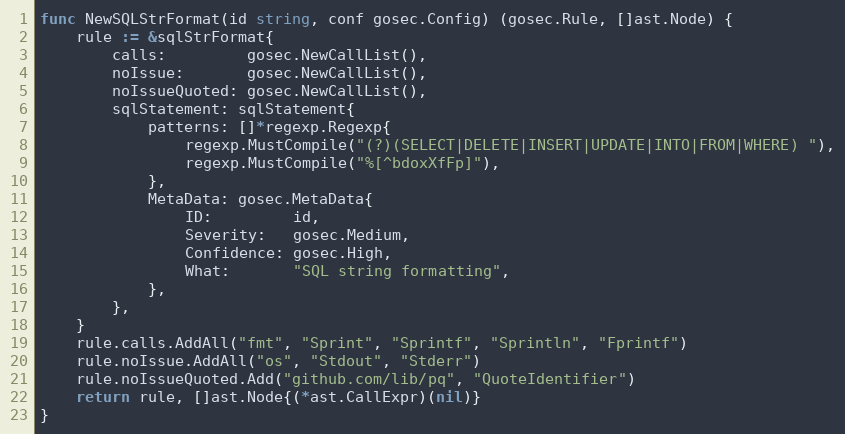
Language: Go
func NewSQLStrFormat(id string, conf gosec.Config) (gosec.Rule, []ast.Node) {
	rule := &sqlStrFormat{
		calls:         gosec.NewCallList(),
		noIssue:       gosec.NewCallList(),
		noIssueQuoted: gosec.NewCallList(),
		sqlStatement: sqlStatement{
			patterns: []*regexp.Regexp{
				regexp.MustCompile("(?)(SELECT|DELETE|INSERT|UPDATE|INTO|FROM|WHERE) "),
				regexp.MustCompile("%[^bdoxXfFp]"),
			},
			MetaData: gosec.MetaData{
				ID:         id,
				Severity:   gosec.Medium,
				Confidence: gosec.High,
				What:       "SQL string formatting",
			},
		},
	}
	rule.calls.AddAll("fmt", "Sprint", "Sprintf", "Sprintln", "Fprintf")
	rule.noIssue.AddAll("os", "Stdout", "Stderr")
	rule.noIssueQuoted.Add("github.com/lib/pq", "QuoteIdentifier")
	return rule, []ast.Node{(*ast.CallExpr)(nil)}
}